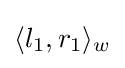
\langle l_{1},r_{1}\rangle _{w}